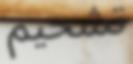
تشحيم